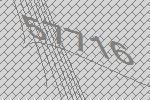
57716